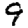
Digit: 9